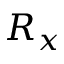
R _ { x }